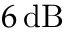
6 \, \mathrm { d B }